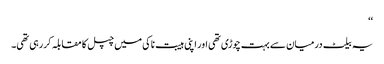
‘‘
یہ بیلٹ درمیان سے بہت چوڑی تھی اور اپنی ہیبت ناکی میں چپل کا مقابلہ کررہی تھی۔